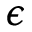
\epsilon